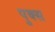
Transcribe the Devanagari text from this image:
पुक्स